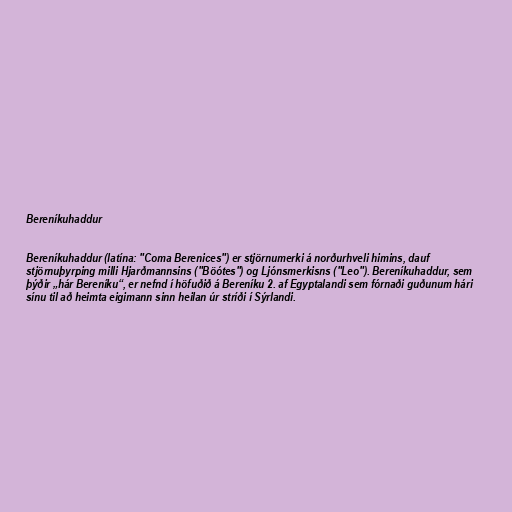
Bereníkuhaddur

Bereníkuhaddur (latína: "Coma Berenices") er stjörnumerki á norðurhveli himins, dauf
stjörnuþyrping milli Hjarðmannsins ("Böótes") og Ljónsmerkisns ("Leo"). Bereníkuhaddur, sem
þýðir „hár Bereníku“, er nefnd í höfuðið á Bereníku 2. af Egyptalandi sem fórnaði guðunum hári
sínu til að heimta eigimann sinn heilan úr stríði í Sýrlandi.